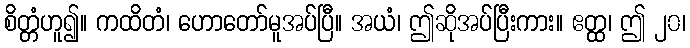
စိတ္တံဟူ၍။ ကထိတံ၊ ဟောတော်မူအပ်ပြီ။ အယံ၊ ဤဆိုအပ်ပြီးကား။ ဧတ္ထ၊ ဤ ၂၀၊